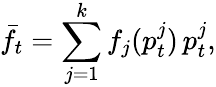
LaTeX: \bar{f}_{t}=\sum_{j=1}^{k}f_{j}(p_{t}^{j})\, p_{t}^{j},